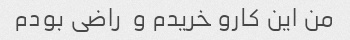
من این کارو خریدم و  راضی بودم